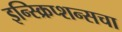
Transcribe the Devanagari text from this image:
इन्स्क्रिप्शन्सचा